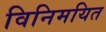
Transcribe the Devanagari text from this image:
विनिमयित